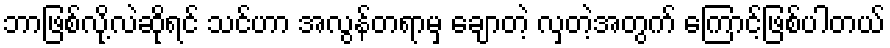
ဘာဖြစ်လို့လဲဆိုရင် သင်ဟာ အလွန်တရာမှ ချောတဲ့ လှတဲ့အတွက် ကြောင့်ဖြစ်ပါတယ်